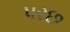
પરછ